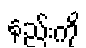
နည်းကို